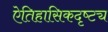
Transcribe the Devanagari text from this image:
ऐतिहासिकदृष्ट्य